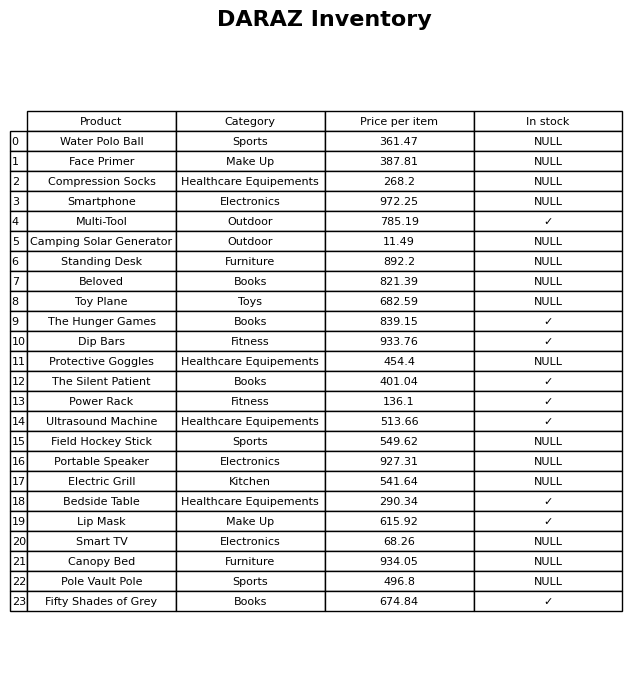
question: What is the price of the Dip Bars?
answer: The price of Dip Bars is 933.76.